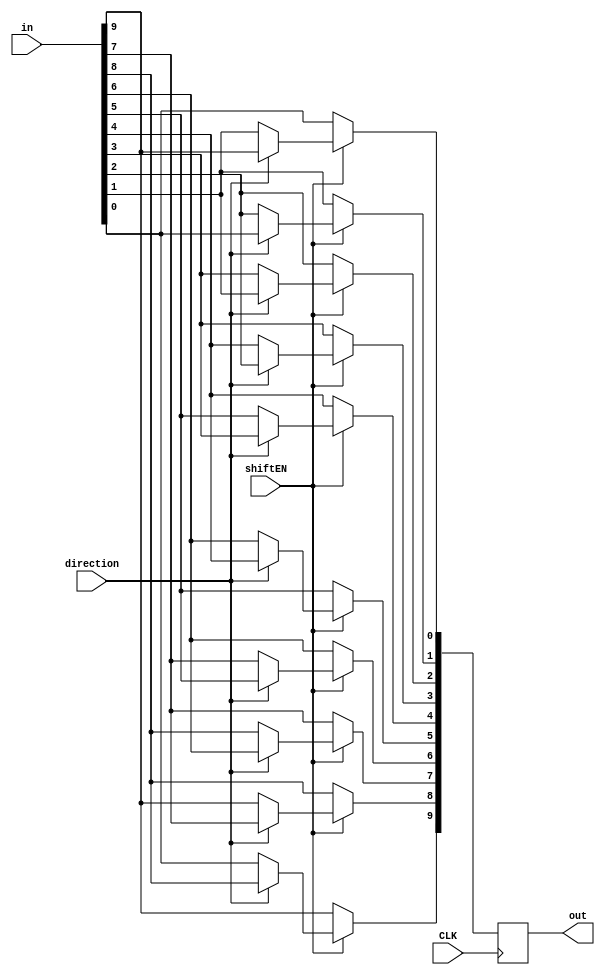
module barrel_shifter_10bit(
    input				CLK,
    input               direction,
    input               shiftEN,
    input        [9:0]	in,
	output reg   [9:0]	out
);

	always @(posedge CLK) begin
        out <= in;
        if (shiftEN == 1) begin
            if (direction == 1) begin
                out[0] <= in[9];
                out[1] <= in[0];
                out[2] <= in[1];
                out[3] <= in[2];
                out[4] <= in[3];
                out[5] <= in[4];
                out[6] <= in[5];
                out[7] <= in[6];
                out[8] <= in[7];
                out[9] <= in[8];
            end
            else begin
                out[0] <= in[1];
                out[1] <= in[2];
                out[2] <= in[3];
                out[3] <= in[4];
                out[4] <= in[5];
                out[5] <= in[6];
                out[6] <= in[7];
                out[7] <= in[8];
                out[8] <= in[9];
                out[9] <= in[0];
            end
        end
    end
endmodule

//   
//but